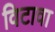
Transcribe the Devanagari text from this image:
विटावा